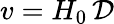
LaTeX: v=H_{0}\, \mathcal{D}